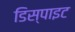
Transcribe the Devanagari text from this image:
डिस्पाइट